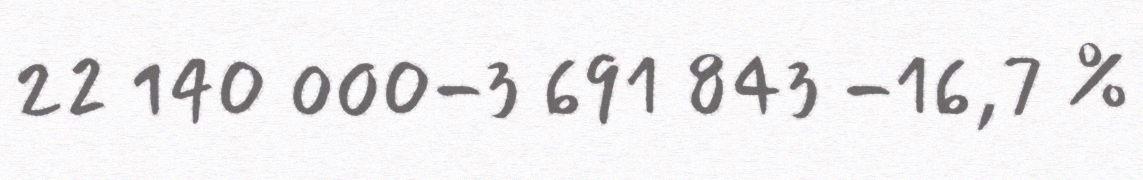
22 140 000-3 691 843 -16,7 %